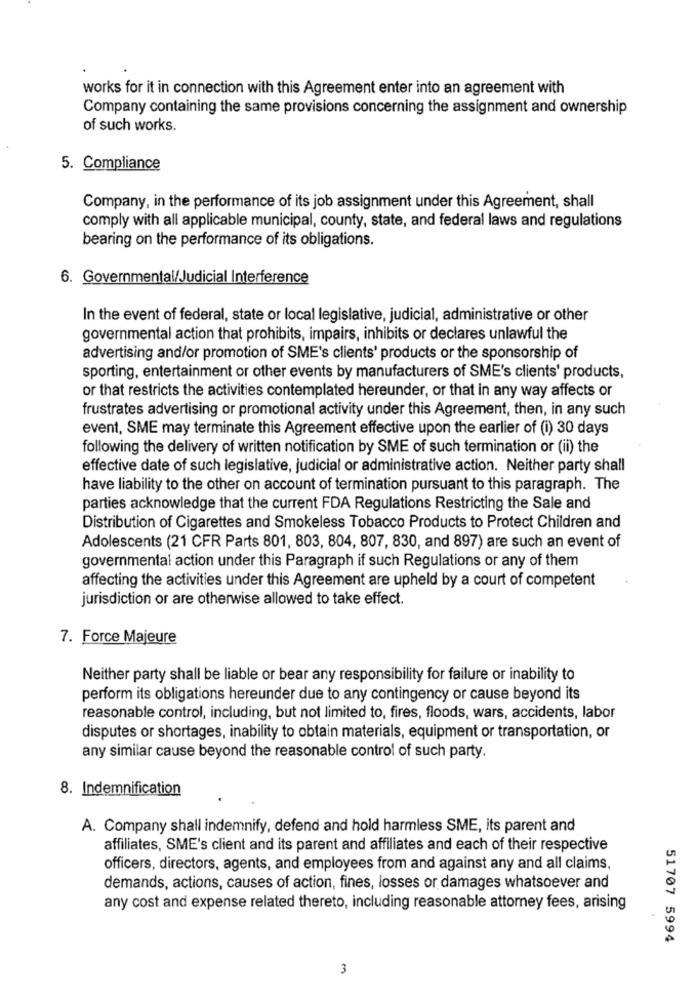
works for it in connection with this Agreement enter into an agreement with
Company containing the same provisions concerning the assignment and ownership
of such works.
5. Compliance
Company, in the performance of its job assignment under this Agreement, shall
comply with all applicable municipal, county, state, and federal laws and regulations
bearing on the performance of its obligations.
6. Governmental/Judicial Interference
In the event of federal, state or local legislative, judicial, administrative or other
governmental action that prohibits, impairs, inhibits or declares unlawful the
advertising and/or promotion of SME's clients' products or the sponsorship of
sporting, entertainment or other events by manufacturers of SME's clients' products,
or that restricts the activities contemplated hereunder, or that in any way affects or
frustrates advertising or promotional activity under this Agreement, then, in any such
event, SME may terminate this Agreement effective upon the earlier of (i) 30 days
following the delivery of written notification by SME of such termination or (ii) the
effective date of such legislative, judicial or administrative action. Neither party shall
have liability to the other on account of termination pursuant to this paragraph. The
parties acknowledge that the current FDA Regulations Restricting the Sale and
Distribution of Cigarettes and Smokeless Tobacco Products to Protect Children and
Adolescents (21 CFR Parts 801, 803, 804, 807, 830, and 897) are such an event of
governmental action under this Paragraph if such Regulations or any of them
affecting the activities under this Agreement are upheld by a court of competent
jurisdiction or are otherwise allowed to take effect.
7. Force Majeure
Neither party shall be liable or bear any responsibility for failure or inability to
perform its obligations hereunder due to any contingency or cause beyond its
reasonable control, including, but not limited to, fires, floods, wars, accidents, labor
disputes or shortages, inability to obtain materials, equipment or transportation, or
any similar cause beyond the reasonable control of such party.
8. Indemnification
A. Company shall indemnify, defend and hold harmless SME, its parent and
affiliates, SME's client and its parent and affiliates and each of their respective
officers, directors, agents, and employees from and against any and all claims,
demands, actions, causes of action, fines, losses or damages whatsoever and
any cost and expense related thereto, including reasonable attorney fees, arising
51707 5994
3